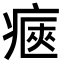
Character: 𤷾